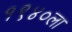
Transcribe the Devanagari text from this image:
१९४०ला